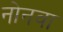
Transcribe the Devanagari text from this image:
नोनवा